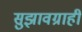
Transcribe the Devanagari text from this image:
सुझावग्राही